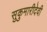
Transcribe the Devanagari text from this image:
सुकुमारीदेवी